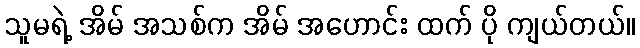
သူမရဲ့ အိမ် အသစ်က အိမ် အဟောင်း ထက် ပို ကျယ်တယ်။